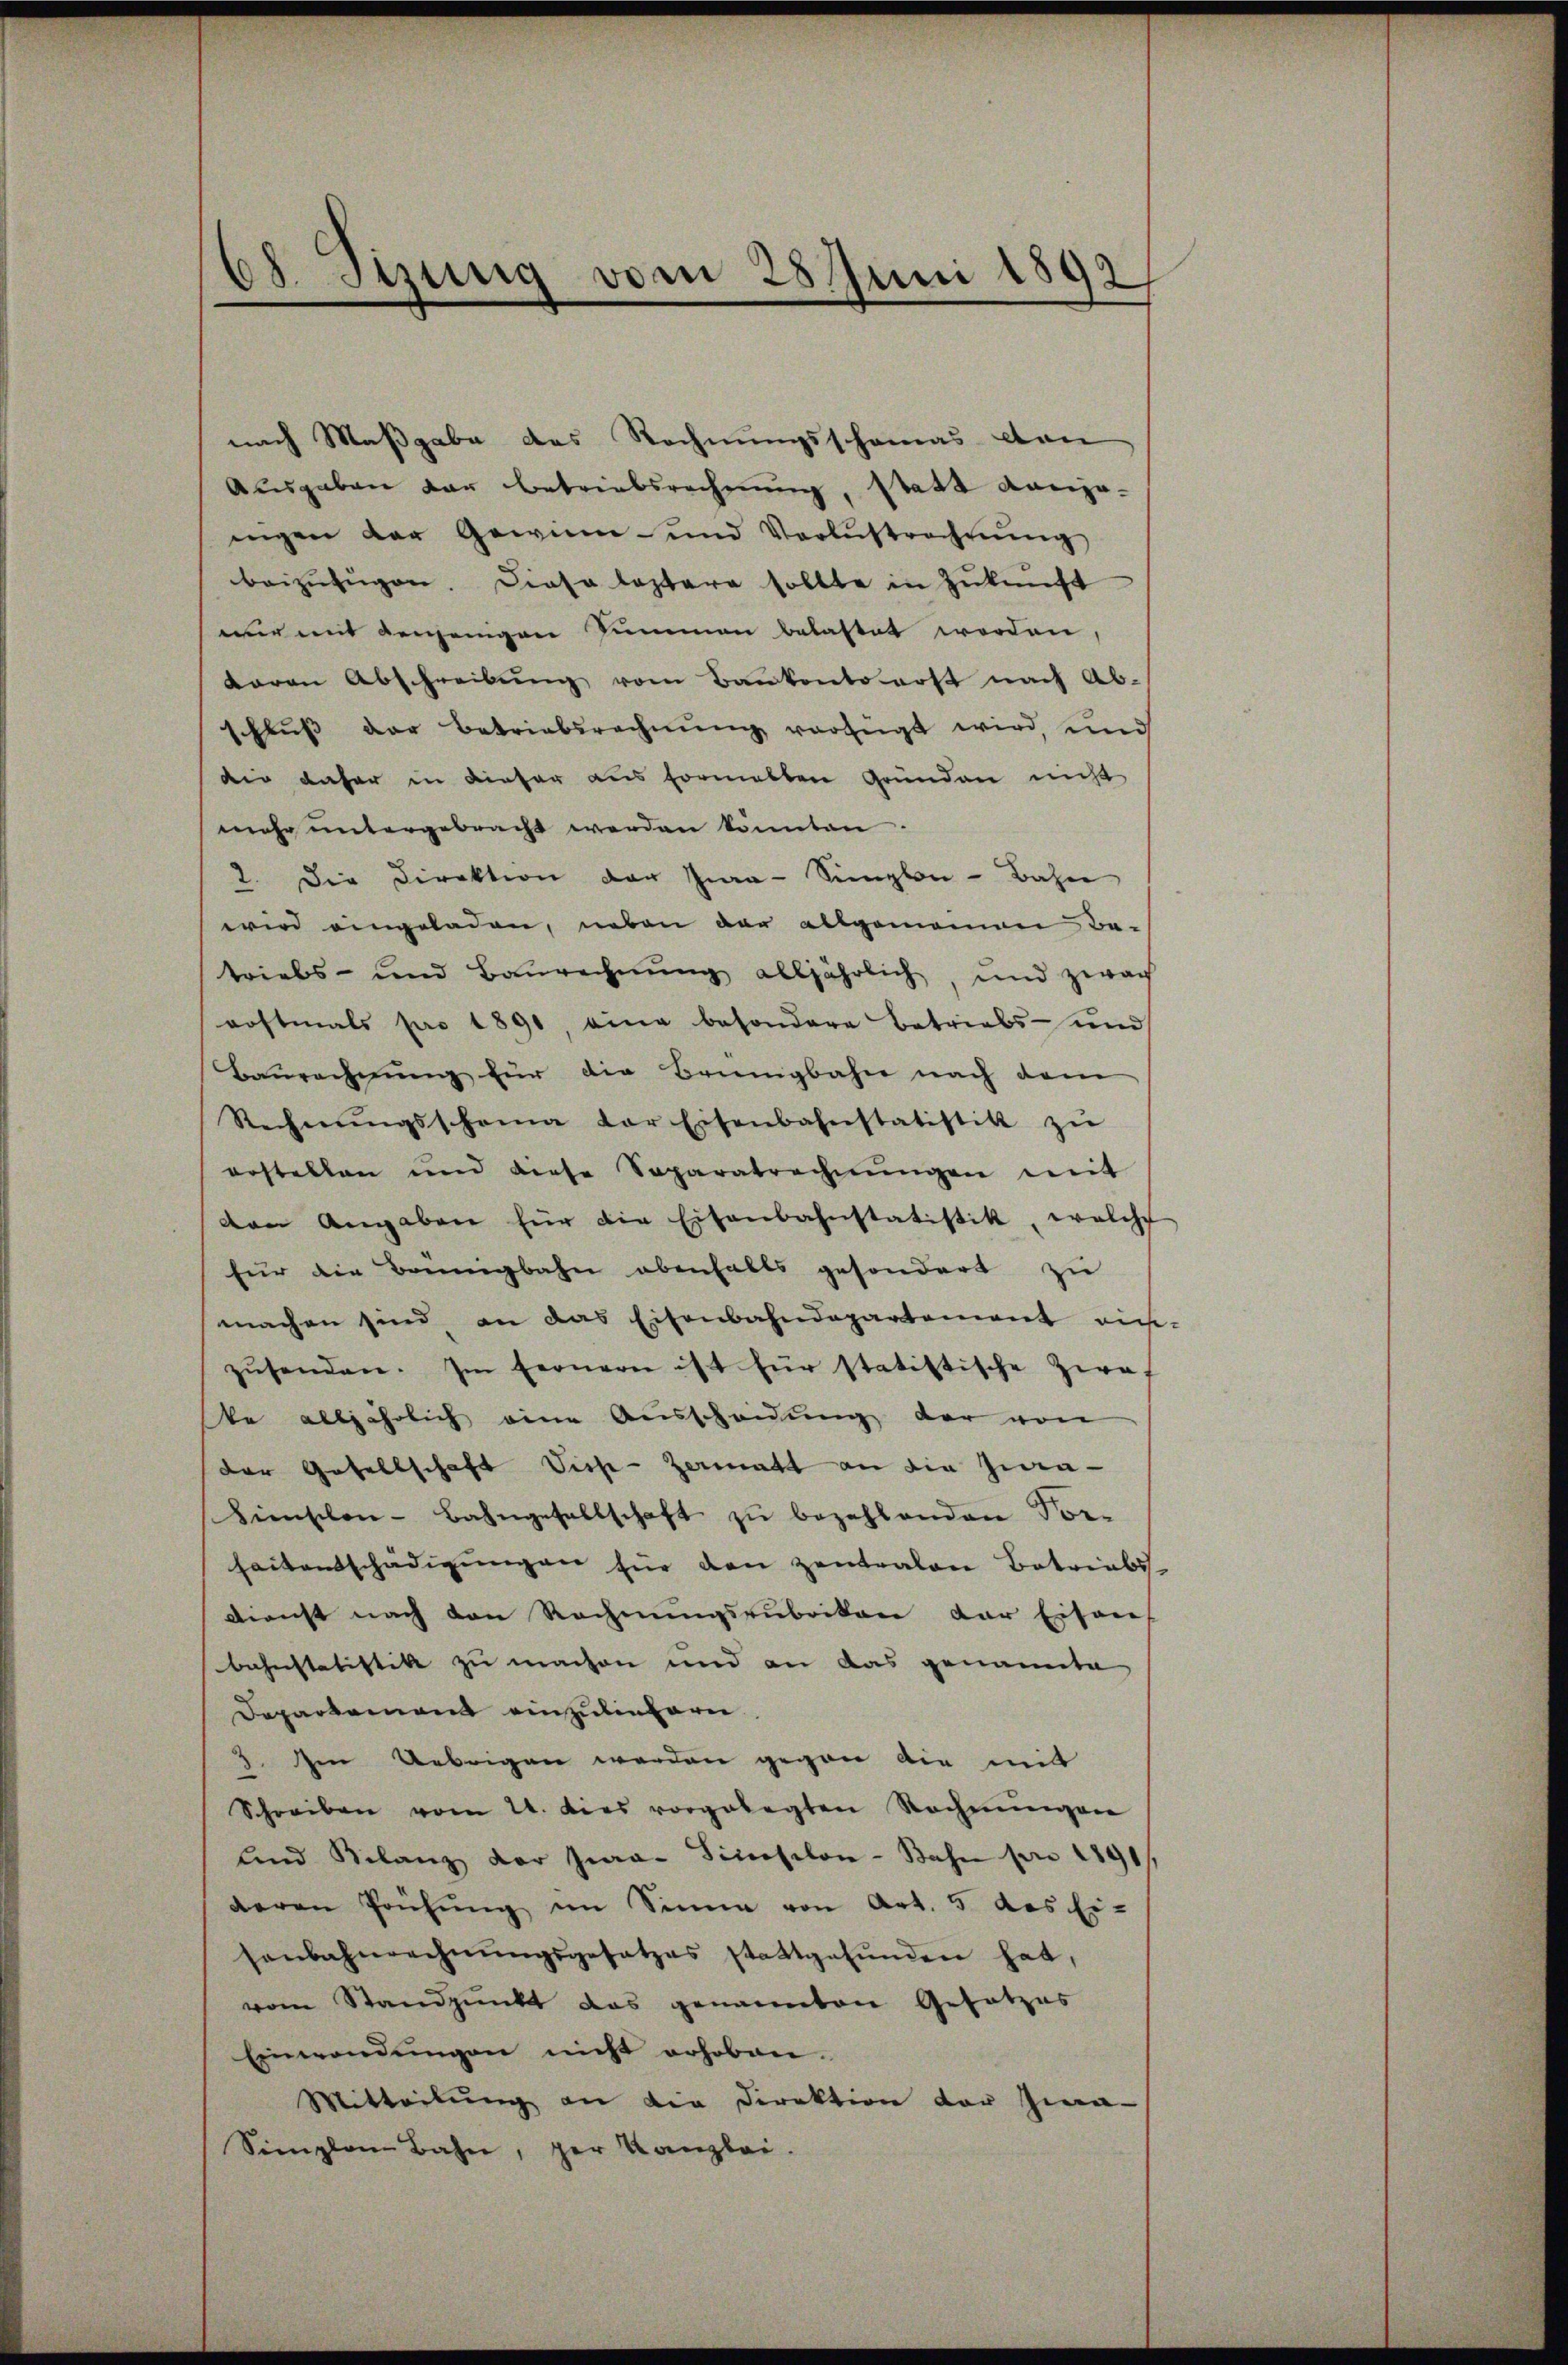
88 Stung vom 28 Juni 1892

nach Maßgabe des Rechnungsschomas von
Aŭsgaben der Betriebsrechnŭng, Statt Aargaingen der Gewinn- und Verlustrechnŭng
beizufügen. Diese leztere sollte in Zukunft
r mit denjenigen Summen belastet werden,
daran Abschreibung vom Bankonto erst nach Ab-
schluß der Betriebsrechnung verfügt wird, und
die daher in dieser aus formelten Gründen nicht
mehr untergebracht werden könnten.
2. Die Direktion der Ja-Simplon-Bahn
wird eingeladen, neben der allgemeinen Be-
triebs- und Baurechnŭng alljährlich, und zwach
roftmals pro 1890, eine besondere Betriebs- und
Baurechnung für die Bringbahn nach dem
Rechnŭngsschema der Eisenbahnstatistik zŭ
erstellen und diese Saparatrechnŭngen mit
den Angaben für die Eisenbahnstatistik, welche
für die Brunngbahn ebenfalls gesondert zu
machen sind an das Eisenbahndepartement ein-
zŭsenden. Im fernern ist für statistische Zwaf
ste alljährlich eine Ausscheidung der von
der Gesellschaft Visse-Zermatt an die Zin-
Fieschon - Bahngesellschaft zu bezahlenden Vor-
heitentschädigungen für den zentralen Betriebs-
Dienst nach den Rechnungsrubrikon der Eisen
bahnstatistik zu machen und an das genannte
Departement einzuliefern
3. Im Uebrigen werden gegen die mit
Schreiben vom 24. dies vorgelegten Rechnŭngen
und Kilanz der Jwan Sinesilon-Bahn pro 1891.
deren Prüfŭng im Sinne von Art. 5 des Ei-
senbahnrechnŭngsgesetzes stattgefŭnden hat,
vom Standpunkt das genannten Gesetzes
Einwendungen nicht erhoben.
Mitteilŭng an die Direktion der Zin-
Simplena Bahn, der Kanzlei.